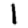
Digit: 1